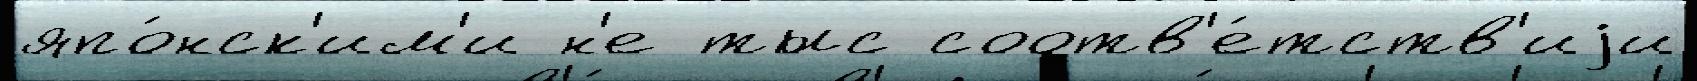
япо́нск'им'и н'е тыс соотв'е́тств'иjи